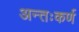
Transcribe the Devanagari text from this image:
अन्तःकर्ण